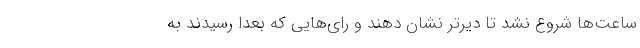
ساعت‌ها شروع نشد تا دیرتر نشان دهند و رای‌‌هایی که بعدا رسیدند به